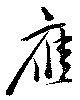
応